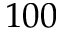
1 0 0